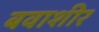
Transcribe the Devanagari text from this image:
बवाशीर